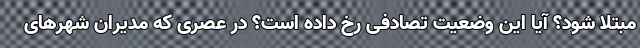
مبتلا شود؟ آیا این وضعیت تصادفی رخ داده است؟ در عصری که مدیران شهرهای